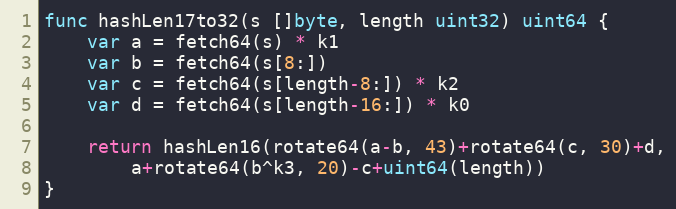
Language: Go
func hashLen17to32(s []byte, length uint32) uint64 {
	var a = fetch64(s) * k1
	var b = fetch64(s[8:])
	var c = fetch64(s[length-8:]) * k2
	var d = fetch64(s[length-16:]) * k0

	return hashLen16(rotate64(a-b, 43)+rotate64(c, 30)+d,
		a+rotate64(b^k3, 20)-c+uint64(length))
}